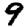
Digit: 9